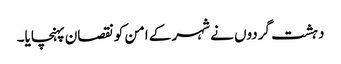
دہشت گردوں نے شہر کے امن کو نقصان پہنچایا۔